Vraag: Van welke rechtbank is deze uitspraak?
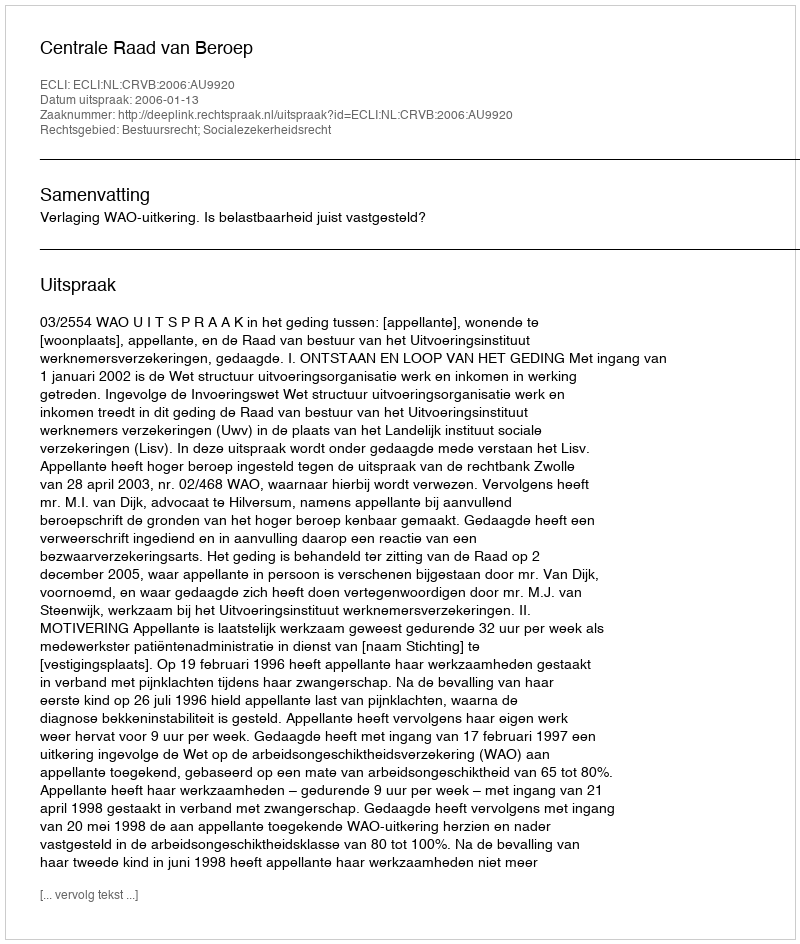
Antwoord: Centrale Raad van Beroep